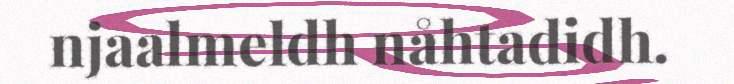
njaalmeldh nåhtadidh.